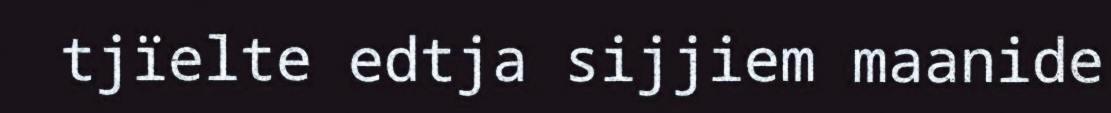
tjïelte edtja sijjiem maanide